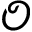
\mathcal { O }